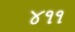
૪૧૧